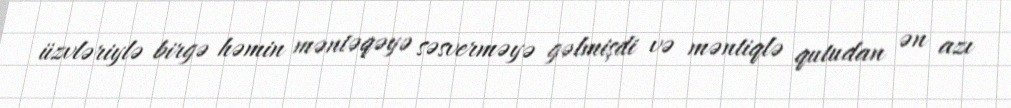
üzvləriylə birgə həmin məntəqəyə səsverməyə gəlmişdi və məntiqlə qutudan ən azı